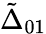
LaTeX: \tilde{\Delta}_{01}